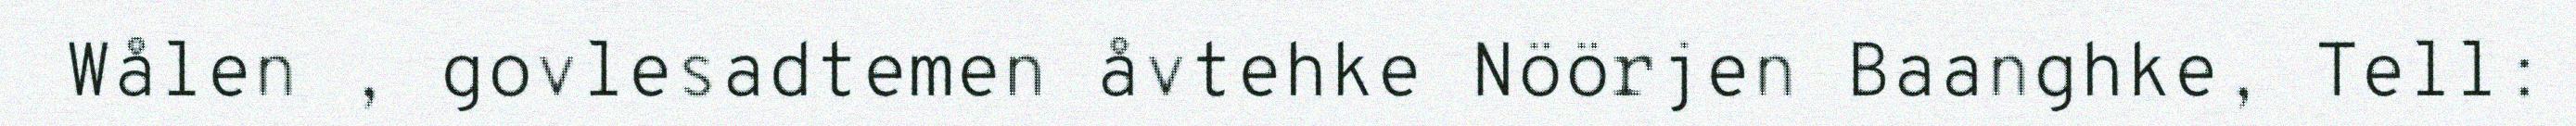
Wålen , govlesadtemen åvtehke Nöörjen Baanghke, Tell: